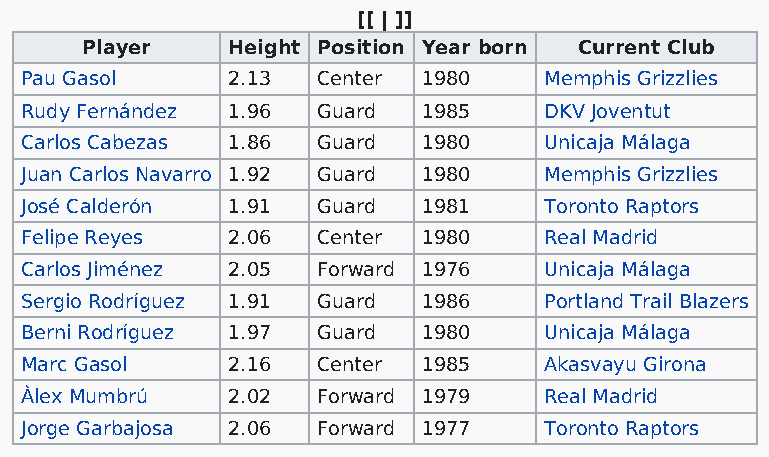
[[ | ]]
 Player    Height Position Year born Current Club
 Pau Gasol     2.13  Center 1980    Memphis Grizzlies
 Rudy Fernández 1.96 Guard  1985    DKV Joventut
 Carlos Cabezas 1.86 Guard  1980    Unicaja Málaga
 Juan Carlos Navarro 1.92 Guard 1980 Memphis Grizzlies
 José Calderón 1.91  Guard  1981    Toronto Raptors
 Felipe Reyes  2.06  Center 1980    Real Madrid
 Carlos Jiménez 2.05 Forward 1976   Unicaja Málaga
 Sergio Rodríguez 1.91 Guard 1986   Portland Trail Blazers
 Berni Rodríguez 1.97 Guard 1980    Unicaja Málaga
 Marc Gasol    2.16  Center 1985    Akasvayu Girona
 Àlex Mumbrú   2.02  Forward 1979   Real Madrid
 Jorge Garbajosa 2.06 Forward 1977  Toronto Raptors